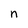
Character: n